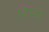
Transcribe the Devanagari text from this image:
विज्वर